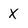
Character: X